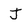
Character: J